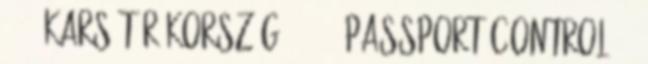
4. - Kars Törökország , 2007 PASSPORT CONTROL 3.